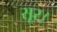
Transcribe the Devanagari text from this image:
सूर।